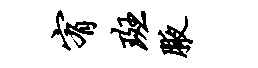
宥斑腋